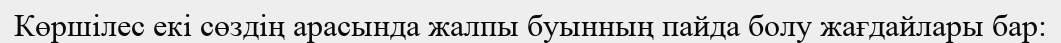
Көршілес екі сөздің арасында жалпы буынның пайда болу жағдайлары бар: